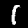
Label: 1